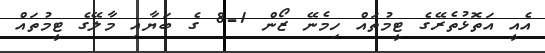
އެއީ އަތޮޅުތެރޭގެ ޓީމުތައް ހިމެނޭ ޒޯން 1-8 ގެ ބަޔާއި މާލޭގެ ޓީމުތައް